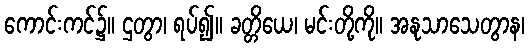
ကောင်းကင်၌။ ဌတွာ၊ ရပ်၍။ ခတ္တိယေ၊ မင်းတို့ကို။ အနုသာသေတွာန၊